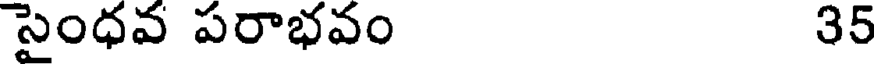
సైంధవ పరాభవం 35